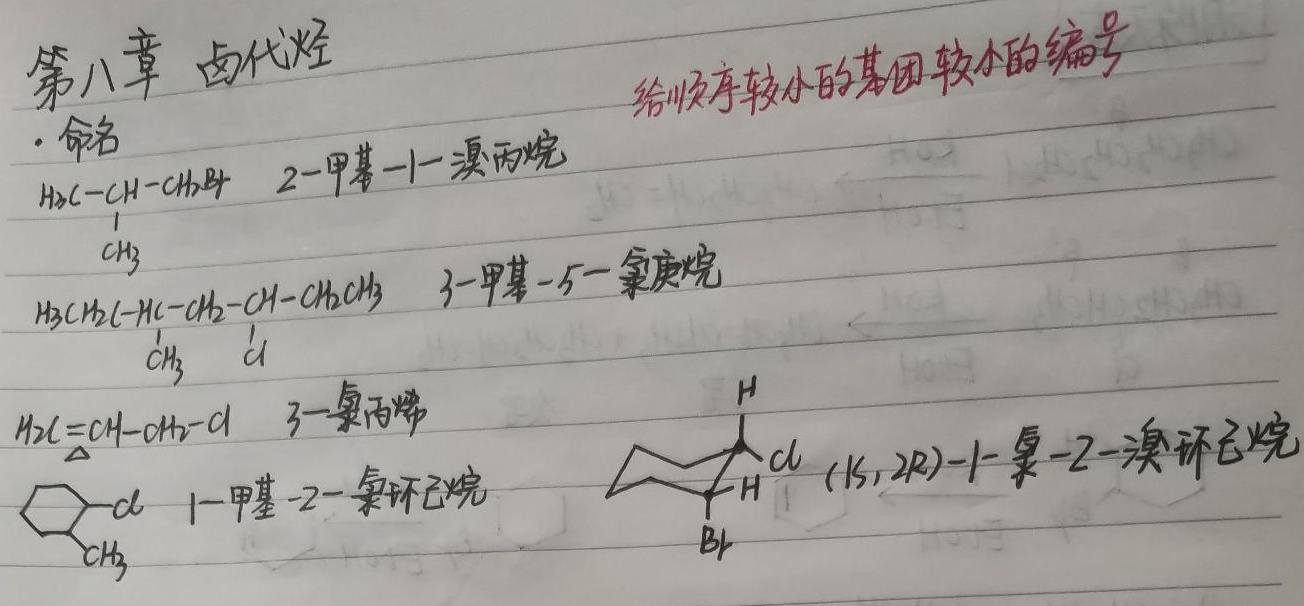
第八章 卤代烃
- 命名
    - \(H_2C - CH - CH_2Br\)：2 - 甲基 - 1 - 溴丙烷
    - \(\begin{array}{c}H_3CCH_2 - CH - CH_2 - CH - CH_2CH_3\\\vert\ \ \ \ \ \ \ \ \ \ \ \ \ \ \ \ \ \ \ \ \ \ \ \ \ \ \ \ \ \vert\\CH_3\ \ \ \ \ \ \ \ \ \ \ \ \ \ \ \ \ \ \ \ \ \ \ \ Cl\end{array}\)：3 - 甲基 - 5 - 氯庚烷
    - \(H_2C = CH - CH_2 - Cl\)：3 - 氯丙烯